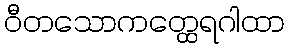
ဝီတသောကတ္ထေရဂါထာ